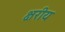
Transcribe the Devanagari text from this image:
क्षरीय